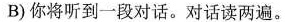
B)你将听到一段对话.对话读两遍.